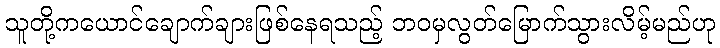
သူတို့ကယောင်ချောက်ချားဖြစ်နေရသည့် ဘဝမှလွတ်မြောက်သွားလိမ့်မည်ဟု